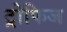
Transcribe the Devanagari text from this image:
ट्रोफिज